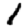
Digit: 1